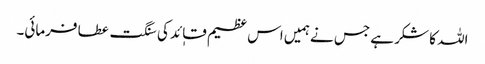
اللہ کا شکر ہے جس نے ہمیں اس عظیم قاٖئد کی سنگت عطا فرمائی۔